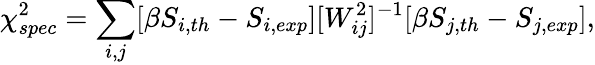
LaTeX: \chi_{spec}^{2}=\sum_{i,j}[\beta S_{i,th}-S_{i,exp}][W_{ij}^{2}]^{-1}[\beta S_{j,th}-S_{j,exp}],